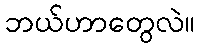
ဘယ်ဟာတွေလဲ။